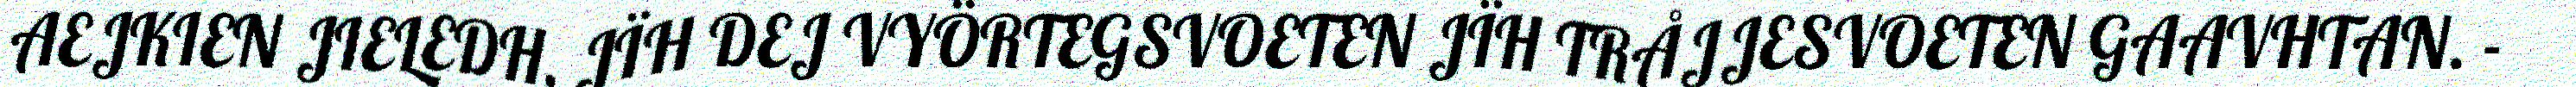
AEJKIEN JIELEDH, JÏH DEJ VYÖRTEGSVOETEN JÏH TRÅJJESVOETEN GAAVHTAN. -